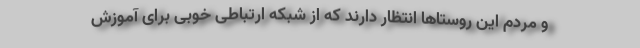
و مردم این روستاها انتظار دارند که از شبکه ارتباطی خوبی برای آموزش